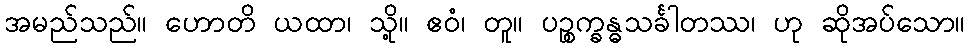
အမည်သည်။ ဟောတိ ယထာ၊ သို့။ ဧဝံ၊ တူ။ ပဉ္စက္ခန္ဓသင်္ခါတဿ၊ ဟု ဆိုအပ်သော။